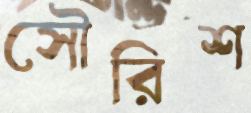
সৌরিশ